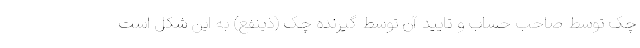
چک توسط صاحب حساب و تایید آن توسط گیرنده چک (ذینفع) به این شکل است